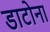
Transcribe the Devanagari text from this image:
डाटोना